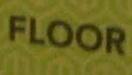
floor